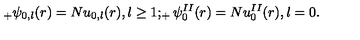
_ { + } \psi _ { 0 , l } ( r ) = N u _ { 0 , l } ( r ) { } , l \geq 1 ; _ { + } \psi _ { 0 } ^ { I I } ( r ) = N u _ { 0 } ^ { I I } ( r ) { } , l = 0 .